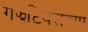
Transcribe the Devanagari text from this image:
गॅझेटियराच्या